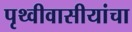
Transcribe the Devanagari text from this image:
पृथ्वीवासीयांचा